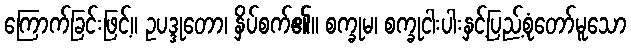
ကြောက်ခြင်းဖြင့်။ ဥပဒ္ဒုတော၊ နှိပ်စက်၏။ စက္ခုမ၊ စက္ခုငါးပါးနှင့်ပြည့်စုံတော်မူသော